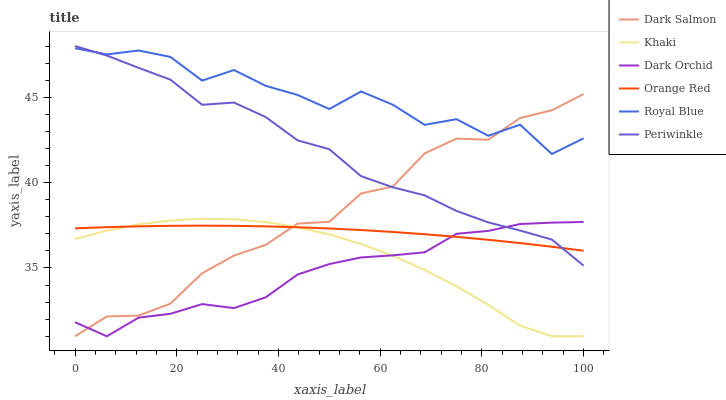
| xaxis_label | Dark Salmon | Khaki | Dark Orchid | Orange Red | Royal Blue | Periwinkle |
 | --- | --- | --- | --- | --- | --- | --- |
 | 0 | 31 | 36.7 | 31.8 | 37.3 | 47.9 | 48 |
 | 6.25 | 32.2 | 37.2 | 31 | 37.4 | 47.5 | 47.4 |
 | 12.5 | 32.2 | 37.5 | 32.1 | 37.4 | 47.7 | 46.7 |
 | 18.8 | 32.9 | 37.8 | 32.3 | 37.5 | 47.4 | 46 |
 | 25 | 34.7 | 37.9 | 32.9 | 37.5 | 46 | 44.6 |
 | 31.2 | 35.7 | 37.8 | 32.6 | 37.5 | 46.6 | 44.7 |
 | 37.5 | 36.4 | 37.7 | 33.3 | 37.4 | 45.7 | 43.8 |
 | 43.8 | 37.6 | 37.4 | 34.6 | 37.4 | 45.1 | 42.5 |
 | 50 | 37.7 | 37 | 35.2 | 37.3 | 44.3 | 42 |
 | 56.2 | 39.4 | 36.4 | 35.6 | 37.2 | 45.3 | 40.4 |
 | 62.5 | 39.8 | 35.7 | 35.7 | 37.1 | 44.6 | 39.7 |
 | 68.8 | 41.7 | 34.9 | 35.9 | 37 | 43.4 | 39.3 |
 | 75 | 42.6 | 33.9 | 37 | 36.8 | 43.7 | 38.3 |
 | 81.2 | 42.5 | 32.8 | 37.2 | 36.7 | 42.7 | 37.7 |
 | 87.5 | 43.8 | 31.6 | 37.6 | 36.5 | 43.4 | 37.2 |
 | 93.8 | 44.2 | 31 | 37.7 | 36.2 | 41.7 | 36.7 |
 | 100 | 45.2 | 31 | 37.7 | 36 | 42.6 | 35.1 |